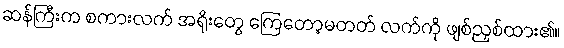
ဆန်ကြီးက စကားလက် အရိုးတွေ ကြေတော့မတတ် လက်ကို ဖျစ်ညှစ်ထား၏။